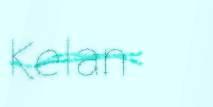
Kelan